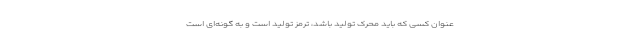
عنوان کسی که باید محرک تولید باشد، ترمز تولید است و به گونه‌ای است